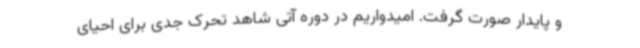
و پایدار صورت گرفت. امیدواریم در دوره آتی شاهد تحرک جدی برای احیای